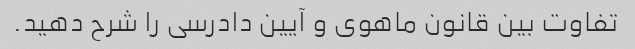
تفاوت بین قانون ماهوی و آیین دادرسی را شرح دهید.